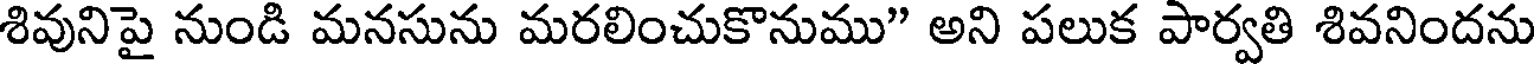
శివునిపై నుండి మనసును మరలించుకొనుము" అని పలుక పార్వతి శివనిందను